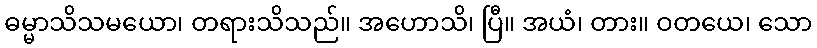
ဓမ္မာသိသမယော၊ တရားသိသည်။ အဟောသိ၊ ပြီ။ အယံ၊ တား။ ဝတယေ၊ သော